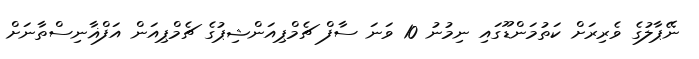
ނޭޕާލުގެ ވެރިރަށް ކަތުމަންޑޫގައި ނިމުނު 10 ވަނަ ސާފް ޗެމްޕިއަންޝިޕުގެ ޗެމްޕިއަން އަފްޣާނިސްތާނަށް